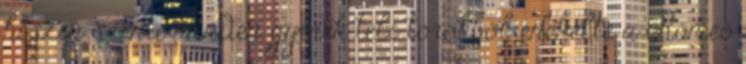
hiszen szinte minden gyerek teli torokból énekelte a Rómeó